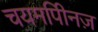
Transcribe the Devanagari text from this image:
चयमपीिनज़